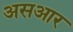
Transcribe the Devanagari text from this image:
असआर